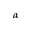
\alpha